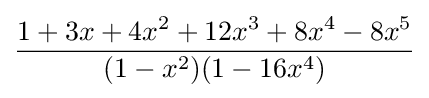
{\frac {1+3x+4x^{2}+12x^{3}+8x^{4}-8x^{5}}{(1-x^{2})(1-16x^{4})}}